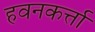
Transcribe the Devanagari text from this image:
हवनकर्त्ता